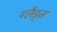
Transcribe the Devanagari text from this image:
ग्लैड्ज़